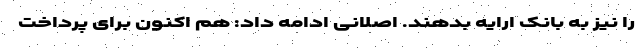
را نیز به بانک ارایه بدهند. اصلانی ادامه داد: هم اکنون برای پرداخت